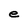
Character: e